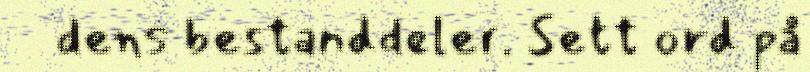
dens bestanddeler. Sett ord på